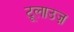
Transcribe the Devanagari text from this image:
टूलाउज़